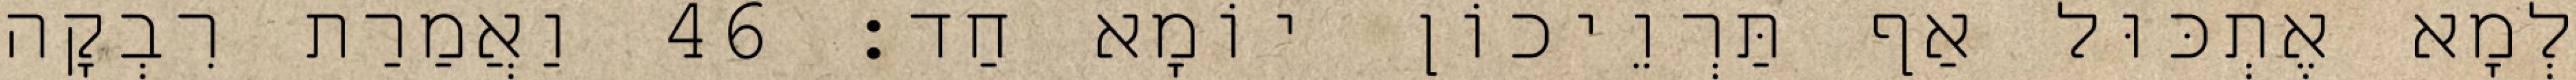
לְמָא אֶתְכּוּל אַף תַּרְוֵיכוֹן יוֹמָא חַד׃ 46 וַאֲמַרַת רִבְקָה